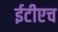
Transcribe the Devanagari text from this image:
ईटीएच